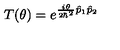
T ( \theta ) = e ^ { \frac { i \theta } { 2 \hbar ^ { 2 } } \hat { p } _ { 1 } \hat { p } _ { 2 } }